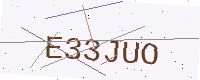
Text: E33JUO